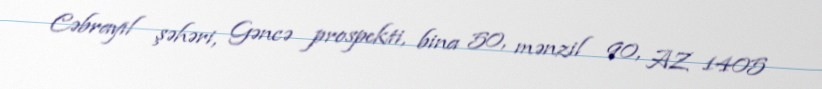
Cəbrayıl şəhəri, Gəncə prospekti, bina 50, mənzil 90, AZ 1405